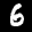
Label: 6